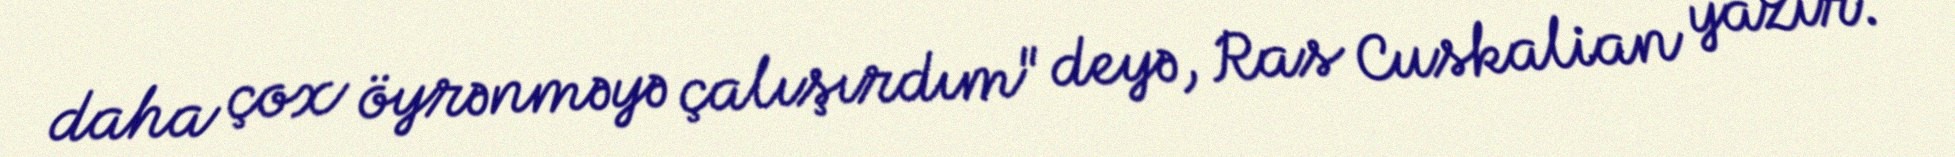
daha çox öyrənməyə çalışırdım" deyə, Ras Cuskalian yazır.